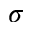
\sigma